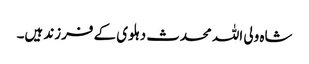
شاہ ولی اللہ محدث دہلوی کے فرزند ہیں۔